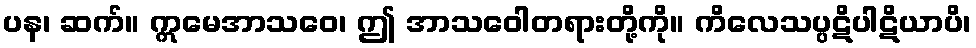
ပန၊ ဆက်။ ဣမေအာသဝေ၊ ဤ အာသဝေါတရားတို့ကို။ ကိလေသပ္ပဋိပါဋိယာပိ၊